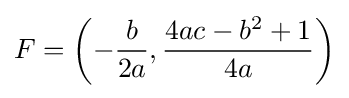
F=\left(-{\frac {b}{2a}},{\frac {4ac-b^{2}+1}{4a}}\right)